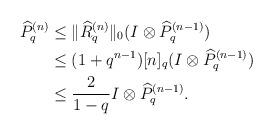
LaTeX: \begin{align*}\widehat{P}_{q}^{(n)} &\leq \|\widehat{R}_{q}^{(n)}\|_{0} (I\otimes \widehat{P}_{q}^{(n-1)}) \\&\leq (1+q^{n-1})[n]_q ( I\otimes\widehat{P}_{q}^{(n-1)}) \\&\leq \frac{2}{1-q}I\otimes \widehat{P}_{q}^{(n-1)}. \end{align*}